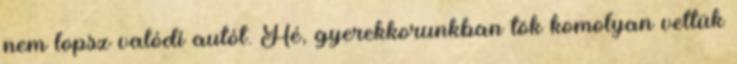
nem lopsz valódi autót. Hé, gyerekkorunkban tök komolyan vettük